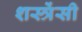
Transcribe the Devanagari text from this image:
शस्त्रेंसी